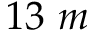
1 3 ~ m